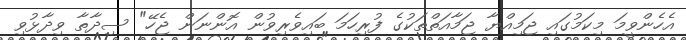
އެހެންވީމަ މިކަމުގައި ޖަމިއްޔާ ޖަމާއަތްތަކުގެ ފުރިހަމަ ބައިވެރިވުން އޮންނަން ޖެހޭ" ސިދާތާ ވިދާޅުވި